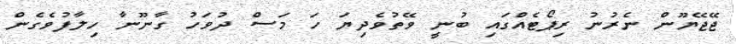
ޖޭޖޭޔޫން ނެރުނު ރިޕޯޓެއްގައި ބުނީ ވޭތުވެދިޔަ ހަ މަސް ދުވަހު ގާނޫނާ ހިލާފުވެގެން